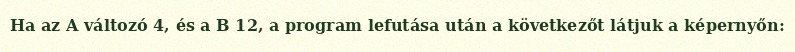
Ha az A változó 4, és a B 12, a program lefutása után a következőt látjuk a képernyőn: